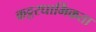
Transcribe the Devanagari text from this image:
कट्टरधार्मिकता